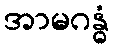
အာမဂန္ဓံ